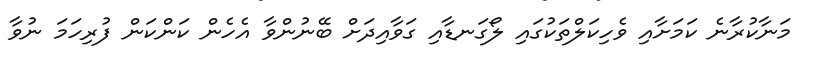
މަނާކުރާނެ ކަމަށާއި ވެހިކަލްތަކުގައި ލޯގަނޑާއި ގަވާއިދަށް ބޭނުންވާ އެހެން ކަންކަން ފުރިހަމަ ނުވާ